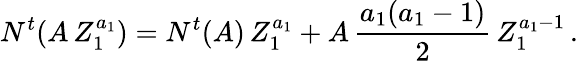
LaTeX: N^{t}(A\, Z_{1}^{a_{1}})=N^{t}(A)\, Z_{1}^{a_{1}}+A\, {\frac{a_{1}(a_{1}-1)}{2}}\, Z_{1}^{a_{1}-1}\, .